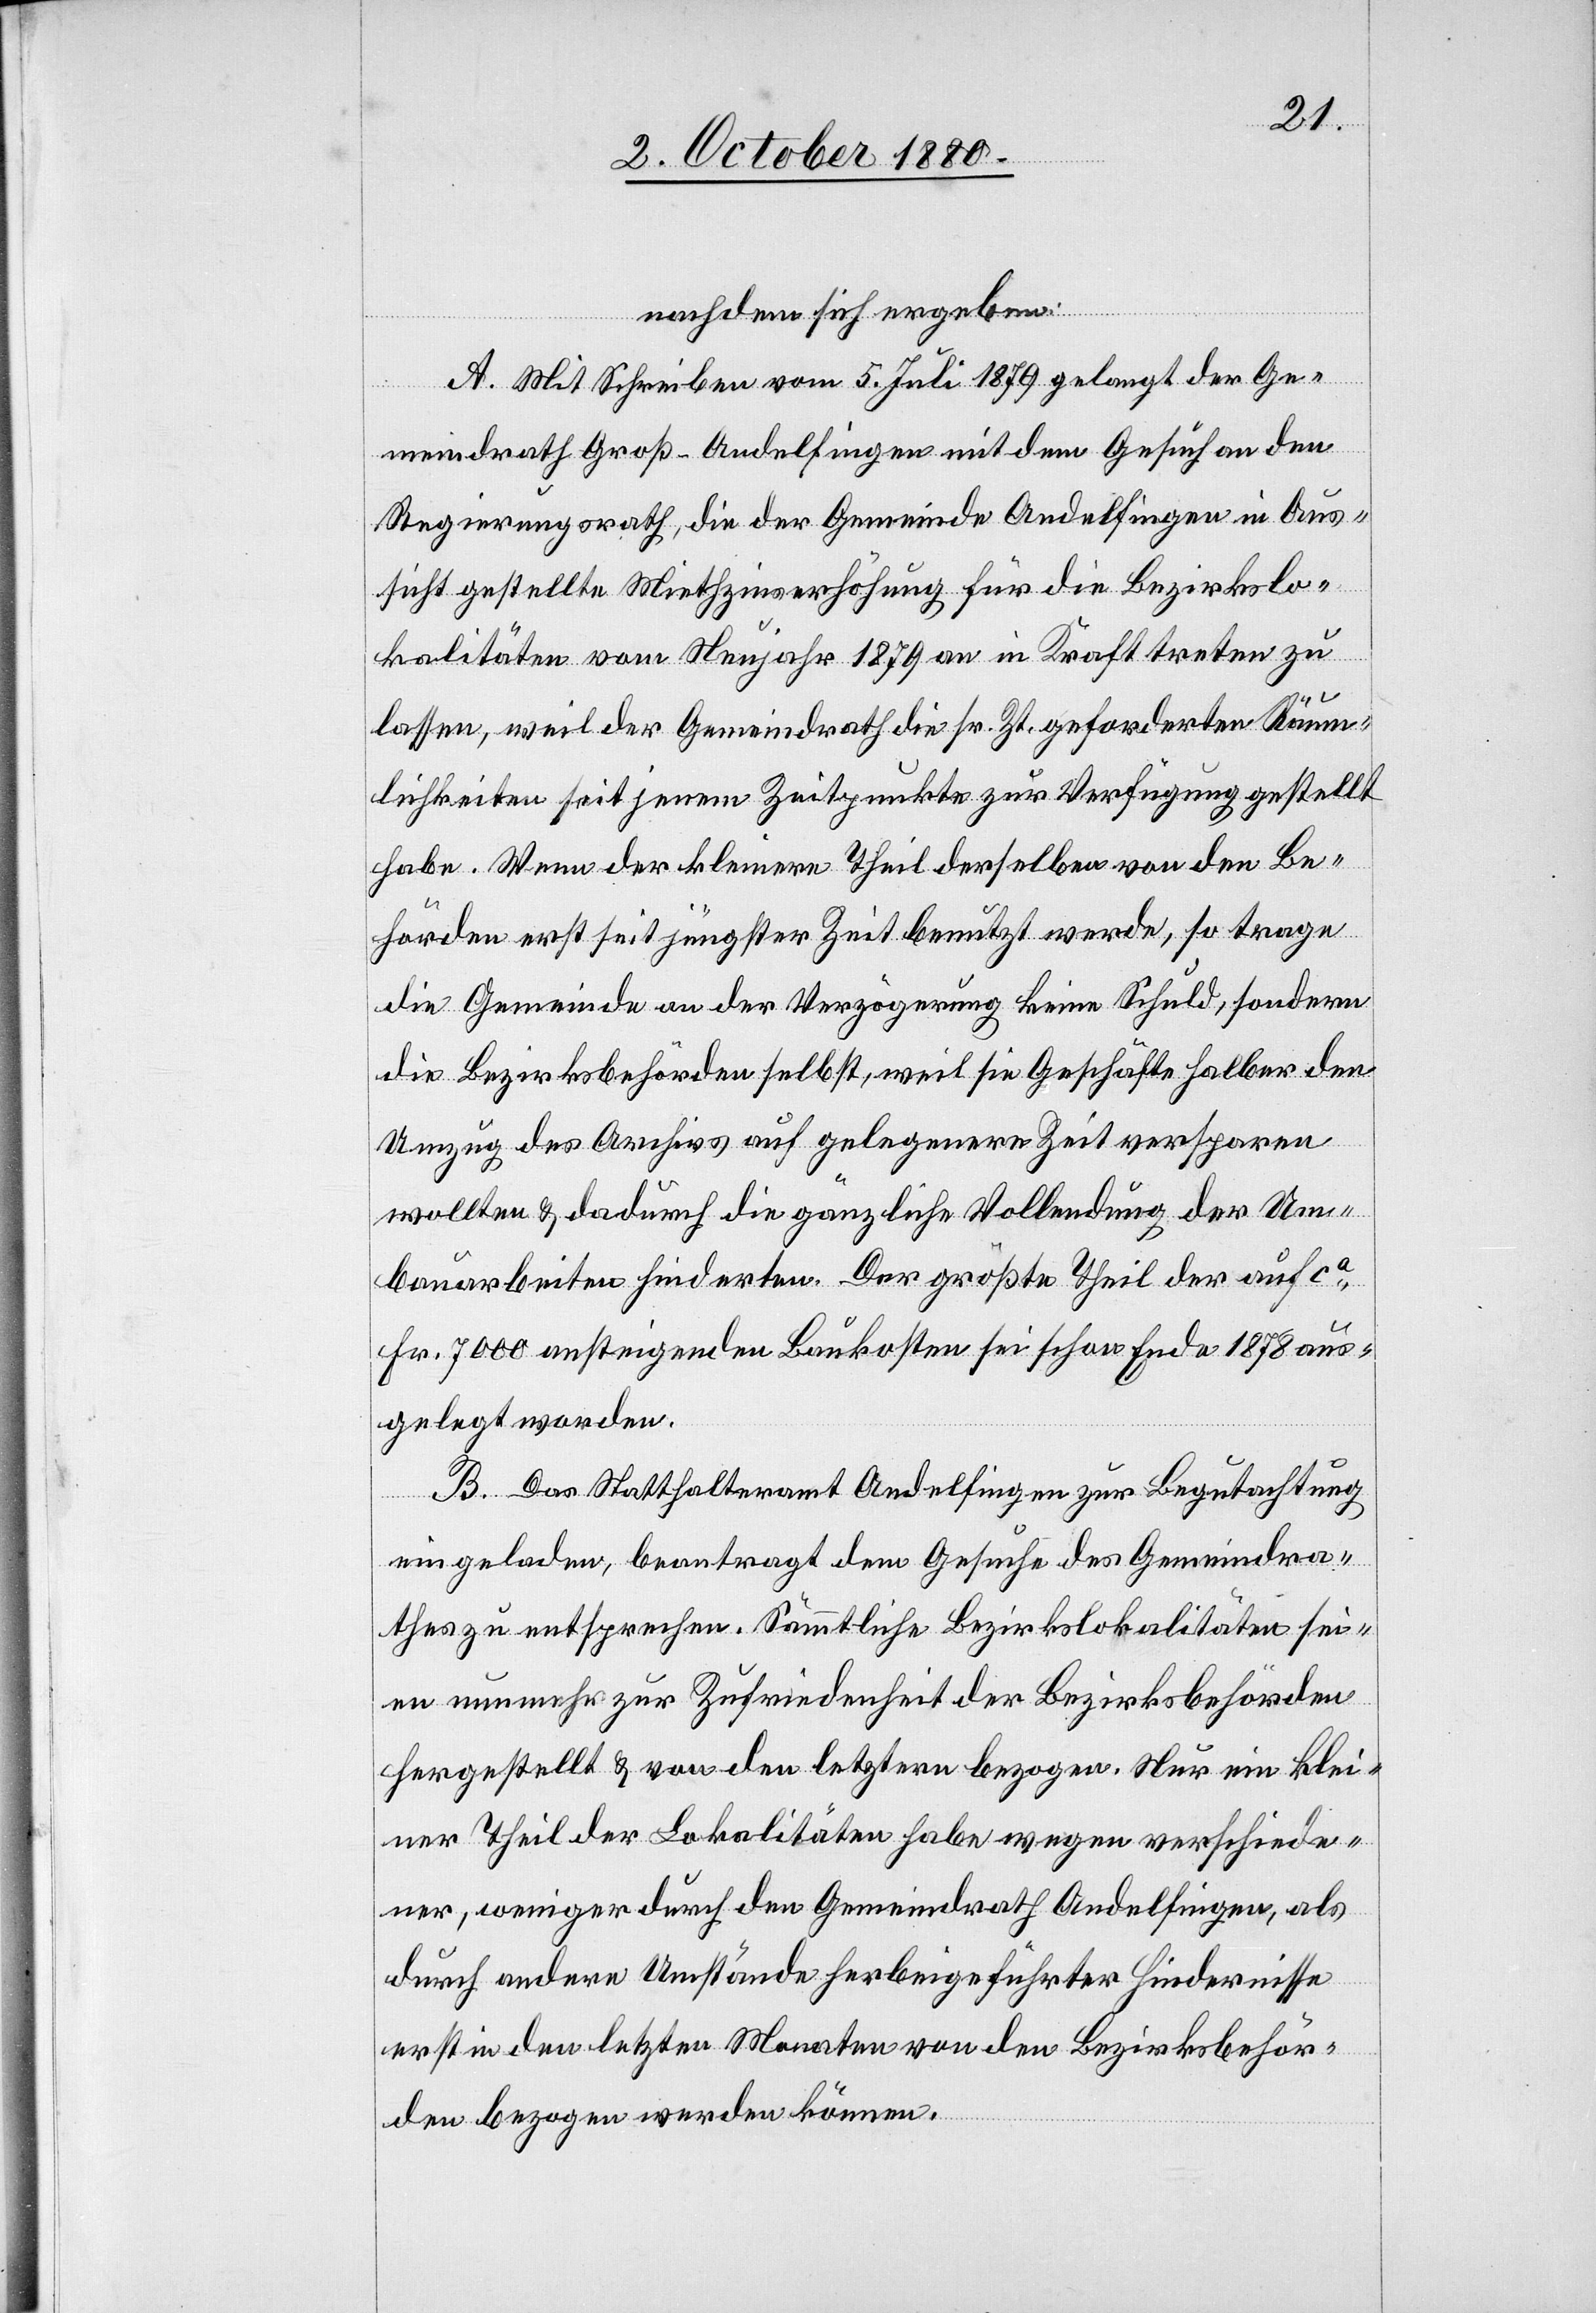
nachdem sich ergeben:
A. Mit Schreiben vom 5. Juli 1879 gelangt der Ge¬
meindrath Groß-Andelfingen mit dem Gesuch an den
Regierungsrath, die der Gemeinde Andelfingen in Aus¬
sicht gestellte Miethzinserhöhung für die Bezirkslo¬
kalitäten vom Neujahr 1879 an in Kraft treten zu
lassen, weil der Gemeindrath die sr. Zt. geforderten Räum¬
lichkeiten seit jenem Zeitpunkte zur Verfügung gestellt
habe. Wenn der kleinere Theil derselben von den Be¬
hörden erst seit jüngster Zeit benutzt werde, so trage
die Gemeinde an der Verzögerung keine Schuld, sondern
die Bezirksbehörden selbst, weil sie Geschäfte halber den
Umzug des Archivs auf gelegenere Zeit versparen
wollten & dadurch die gänzliche Vollendung der Um¬
bauarbeiten hinderten. Der größte Theil der auf ca
Fr. 7000 ansteigenden Baukosten sei schon Ende 1878 aus¬
gelegt worden.
B. Das Statthalteramt Andelfingen zur Begutachtung
eingeladen, beantragt dem Gesuche des Gemeindra¬
thes zu entsprechen. Sämmtliche Bezirkslokalitäten sei¬
en nunmehr zur Zufriedenheit der Bezirksbehörden
hergestellt & von den letztern bezogen. Nur ein klei¬
ner Theil der Lokalitäten habe wegen verschiede¬
ner, weniger durch den Gemeindrath Andelfingen, als
durch andere Umstände herbeigeführter Hindernisse
erst in den letzten Monaten von den Bezirksbehör¬
den bezogen werden können.